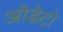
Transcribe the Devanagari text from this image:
ओडेटो